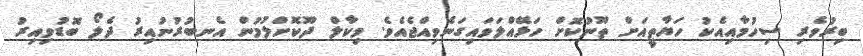
ބިރުވެރި ސިހުމާއިއެކު ހަޔާތީއަށް ތޫނުކޮށް ހަޅޭއްލަވައިގަނެވިއްޖެއެވެ. މިކާލް ދޫކޮށްލުމުން އެނބުރުނުއިރު ދެލޯ ބޮޑުވިއިރު